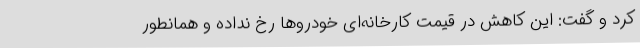
کرد و گفت: این کاهش در قیمت کارخانه‌ای خودروها رخ نداده و همانطور